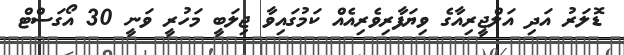
ޑޮލަރު އަދި އަލްޖީރިއާގެ ވިޔަފާރިވެރިއެެއް ކަމުގައިވާ ޖިލަބީ މަހުރީ ވަނީ 30 އޯގަސްޓް